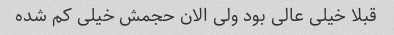
قبلا خیلی عالی بود ولی الان حجمش خیلی کم شده